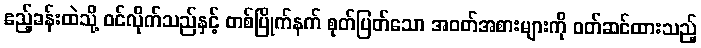
ဧည့်ခန်းထဲသို့ ဝင်လိုက်သည်နှင့် တစ်ပြိုက်နက် စုတ်ပြတ်သော အဝတ်အစားများကို ဝတ်ဆင်ထားသည့်